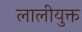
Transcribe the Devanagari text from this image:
लालीयुक्त